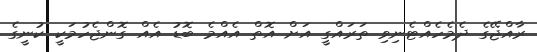
ރާއްޖޭގެ ދެމެހެއްޓެނިވި ތަރައްގީ އަށް އޮތް އެއްމެ ބޮޑު އެއް ގޮންޖެހުމަކީ ކުނީގެ